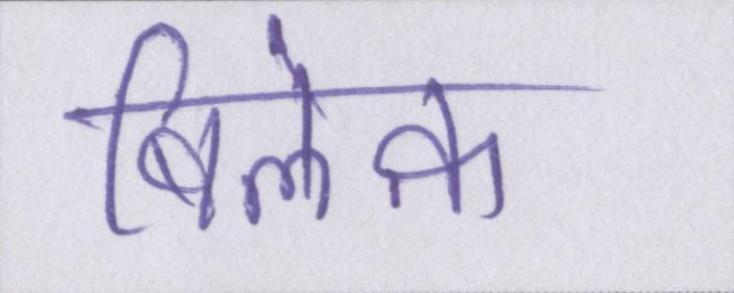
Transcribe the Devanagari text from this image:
बिलेक